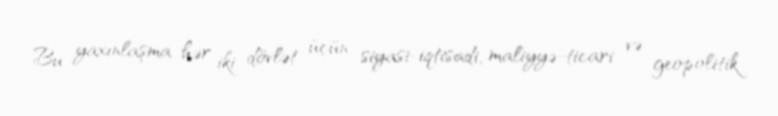
Bu yaxınlaşma hər iki dövlət üçün siyasi-iqtisadi, maliyyə-ticari və geopolitik